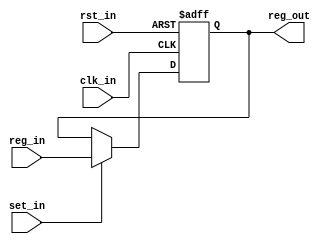
/*
 * Copyright (c) 2024 Zachary Frazee
 * SPDX-License-Identifier: Apache-2.0
 */

//--------------------------
//General Register Module
//--------------------------
module minibyte_genreg (
    //Basic Inputs
    input  wire       clk_in, rst_in,

    //Register Inputs
    input  wire [7:0] reg_in,
    input  wire       set_in,

    //Register Outputs
    output reg  [7:0] reg_out
);

    //Main Procedural Block
    //--------------------------
    always @(posedge clk_in or negedge rst_in) begin
        //Reset if rst goes low
        if(!rst_in)
            reg_out <= 0;
        else
            //Set register to input if set signal goes high on a clk
            if(set_in)
                reg_out <= reg_in;
    end
endmodule

//--------------------------
//CCR Register Module
//--------------------------
module minibyte_ccrreg (
    //Basic Inputs
    input  wire       clk_in, rst_in,

    //Register Inputs
    input  wire [1:0] reg_in,
    input  wire       set_in,

    //Register Outputs
    output reg  [1:0] reg_out
);

    //Main Procedural Block
    //--------------------------
    always @(posedge clk_in or negedge rst_in) begin
        //Reset if rst goes low
        if(!rst_in)
            reg_out <= 0;
        else
            //Set register to input if set signal goes high on a clk
            if(set_in)
                reg_out <= reg_in;
    end
endmodule

//---------------------------------
//Program Counter Register Module
//---------------------------------
module minibyte_pcreg (
    //Basic Inputs
    input  wire       clk_in, rst_in,

    //Register Inputs
    input  wire [7:0] reg_in,
    input  wire       set_in,
    input  wire       inc_in,

    //Register Outputs
    output reg  [7:0] reg_out
);

    //Main Procedural Block
    //--------------------------
    always @(posedge clk_in or negedge rst_in) begin
        //Reset if rst goes low
        if(!rst_in)
            reg_out <= 0;
        else
            //Set register to input if set signal goes high
            if(set_in)
                reg_out <= reg_in;

            //Increment register if inc signal goes high on a clk
            else if(inc_in)
                reg_out <= reg_out + 1;
    end
endmodule